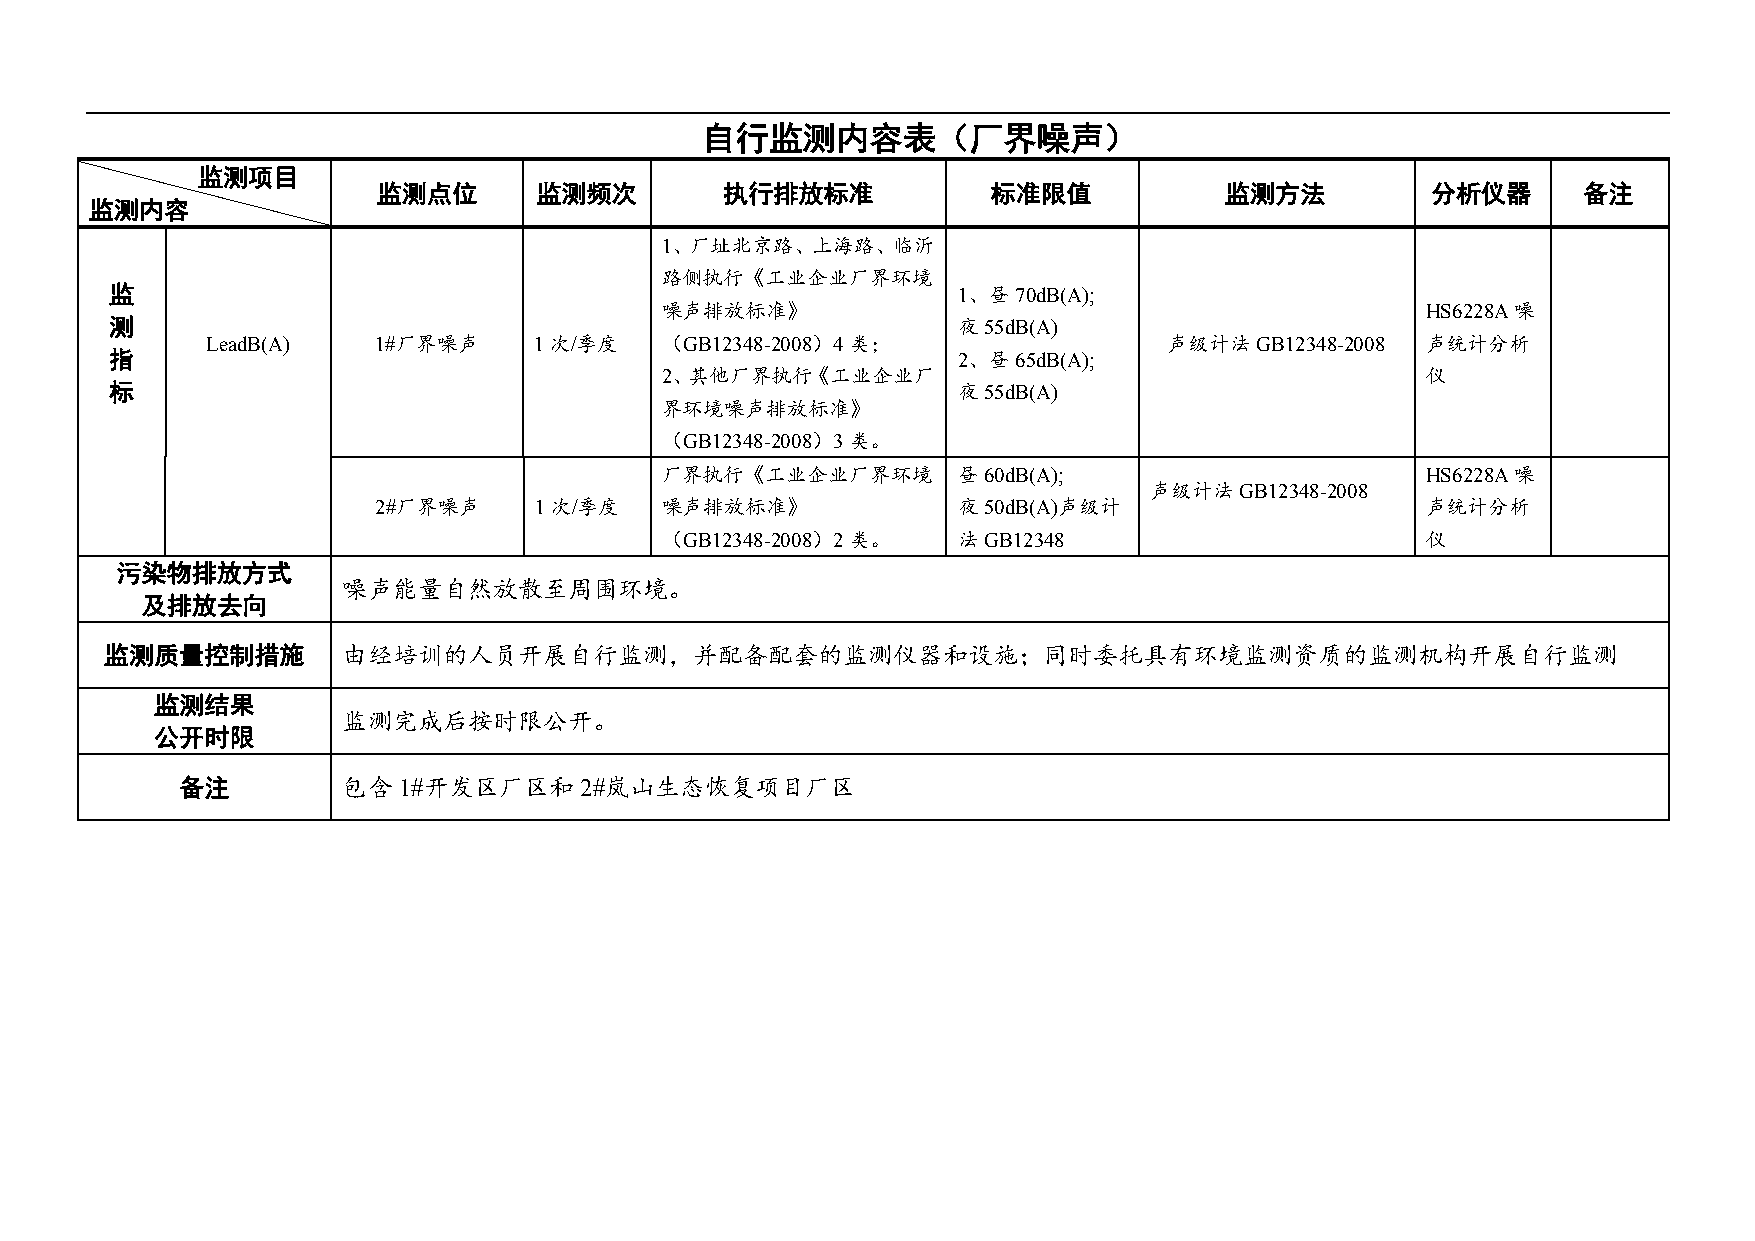
自行监测内容表（厂界噪声）
 监测项目
 监测点位      监测频次         执行排放标准            标准限值           监测方法          分析仪器      备注
 监测内容
 1、厂址北京路、上海路、临沂
 路侧执行《工业企业厂界环境
 监                                                       1、昼70dB(A);
 噪声排放标准》                                           HS6228A噪
 测                                                       夜55dB(A)
 LeadB(A)   1#厂界噪声    1次/季度    （GB12348-2008）4类；                声级计法GB12348-2008 声统计分析
 指                                                       2、昼65dB(A);
 2、其他厂界执行《工业企业厂                                    仪
 标                                                       夜55dB(A)
 界环境噪声排放标准》
 （GB12348-2008）3类。
 厂界执行《工业企业厂界环境      昼60dB(A);                      HS6228A噪
 声级计法GB12348-2008
 2#厂界噪声    1次/季度    噪声排放标准》            夜50dB(A)声级计                    声统计分析
 （GB12348-2008）2类。  法GB12348                       仪
 污染物排放方式
 噪声能量自然放散至周围环境。
 及排放去向
 监测质量控制措施        由经培训的人员开展自行监测，并配备配套的监测仪器和设施；同时委托具有环境监测资质的监测机构开展自行监测
 监测结果
 监测完成后按时限公开。
 公开时限
 备注         包含1#开发区厂区和2#岚山生态恢复项目厂区